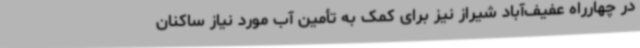
در چهارراه عفیف‌آباد شیراز نیز برای کمک به تأمین آب مورد نیاز ساکنان